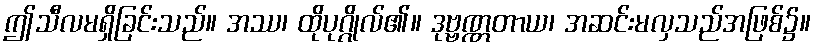
ဤသီလမရှိခြင်းသည်။ အဿ၊ ထိုပုဂ္ဂိုလ်၏။ ဒုဗ္ဗဏ္ဏတာယ၊ အဆင်းမလှသည်အဖြစ်၌။